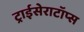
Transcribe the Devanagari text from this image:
ट्राईसेराटॉप्स